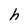
Character: h